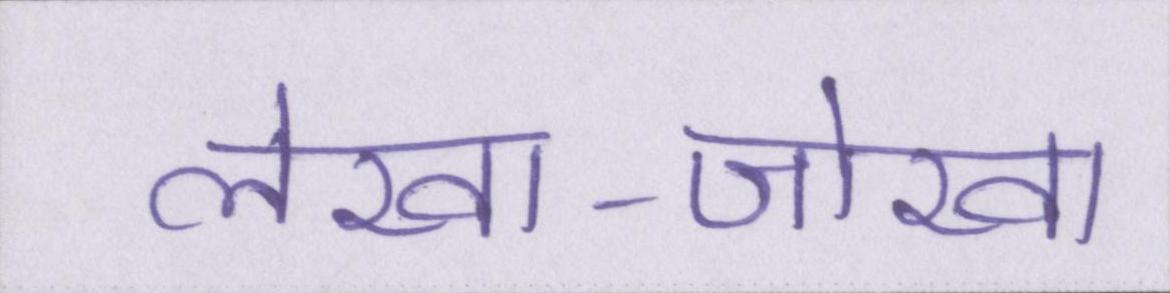
लेखा-जोखा